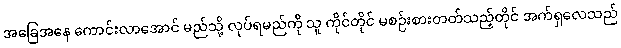
အခြေအနေ ကောင်းလာအောင် မည်သို့ လုပ်ရမည်ကို သူ ကိုင်တိုင် မစဉ်းစားတတ်သည့်တိုင် အက်ရှလေသည်